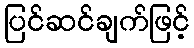
ပြင်ဆင်ချက်ဖြင့်